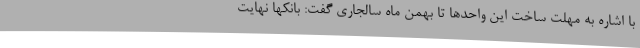
با اشاره به مهلت ساخت این واحدها تا بهمن ماه سالجاری گفت: بانکها نهایت